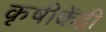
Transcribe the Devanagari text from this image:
कृषीकेंद्री